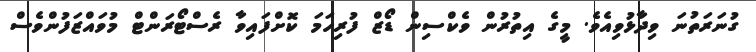
ގުނަރަތުނަ ވިދާޅުވިއެވެ. މީގެ އިތުރުން ވެކްސިން ޑޯޒް ފުރިހަމަ ކޮށްފައިވާ ރެސްޓޯރަންޓް މުވައްޒަފުންވެސް